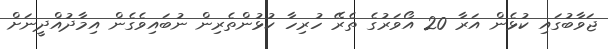
ޖަވާބުގައި ކުޅެން އަރާ 20 އޯވަރުގެ ތެރޭ ހުރިހާ ކުޅުންތެރިން ނުބައިވެގެން އިމާދުއްދީނަށް